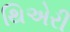
થિએરી